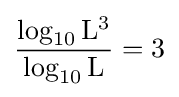
{\frac {\log _{10}\mathrm {L} ^{3}}{\log _{10}\mathrm {L} }}=3